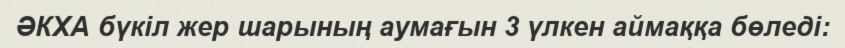
ӘКХА бүкіл жер шарының аумағын 3 үлкен аймаққа бөледі: